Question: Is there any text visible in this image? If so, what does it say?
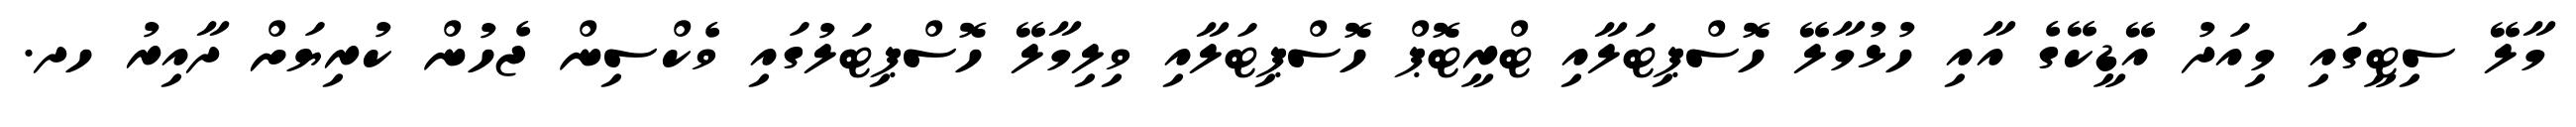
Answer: މާލޭ ސިޓީގައި މިއަދު އޭޑީކޭގެ އާއި ހުޅުމާލޭ ހޮސްޕިޓަލާއި ޓްރީޓޮޕް ހޮސްޕިޓަލާއި ވިލިމާލޭ ހޮސްޕިޓަލުގައި ވެކްސިން ޖެހުން ކުރިޔަށް ދާއިރު ހދ.